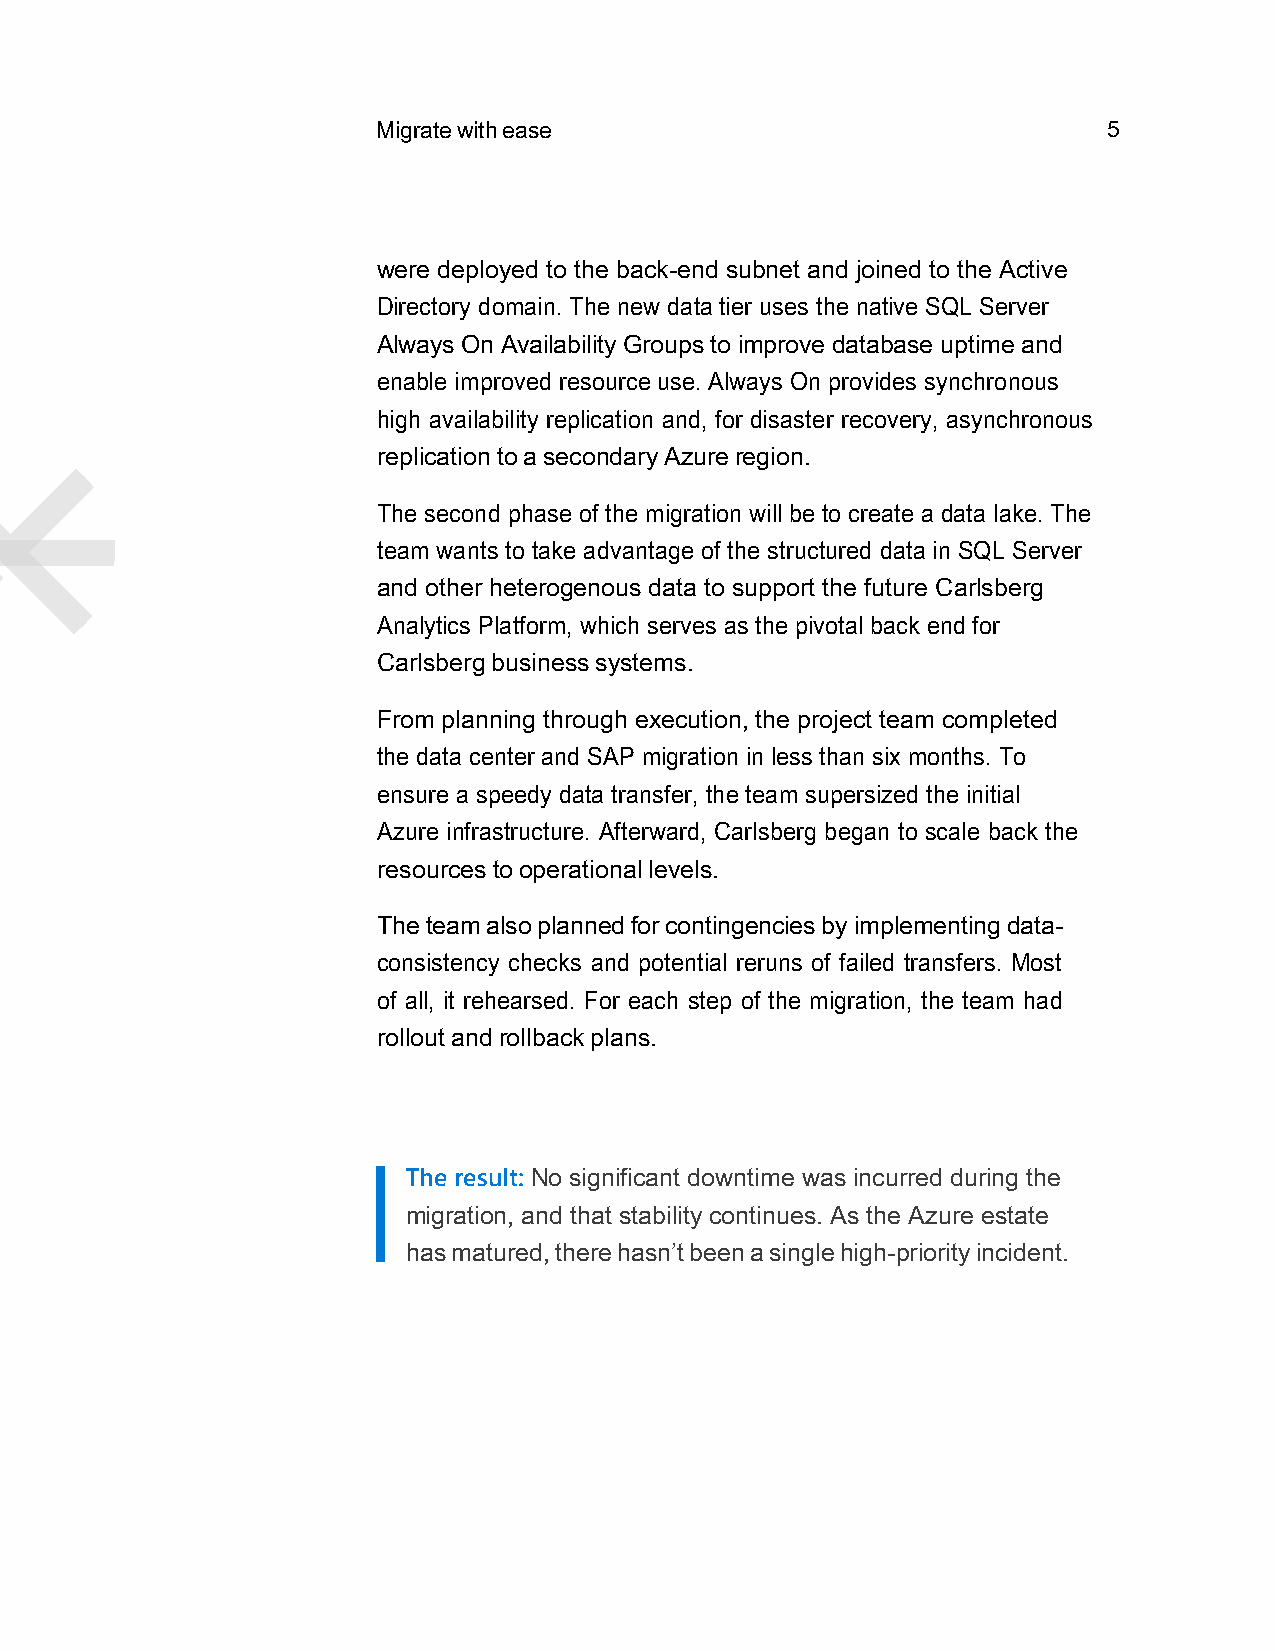
Migrate with ease                               5
 were deployed to the back-end subnet and joined to the Active
 Directory domain. The new data tier uses the native SQL Server
 Always On Availability Groups to improve database uptime and
 enable improved resource use. Always On provides synchronous
 high availability replication and, for disaster recovery, asynchronous
 replication to a secondary Azure region.
 The second phase of the migration will be to create a data lake. The
 team wants to take advantage of the structured data in SQL Server
 and other heterogenous data to support the future Carlsberg
 Analytics Platform, which serves as the pivotal back end for
 Carlsberg business systems.
 From planning through execution, the project team completed
 the data center and SAP migration in less than six months. To
 ensure a speedy data transfer, the team supersized the initial
 Azure infrastructure. Afterward, Carlsberg began to scale back the
 resources to operational levels.
 The team also planned for contingencies by implementing data-
 consistency checks and potential reruns of failed transfers. Most
 of all, it rehearsed. For each step of the migration, the team had
 rollout and rollback plans.
 The result: No significant downtime was incurred during the
 migration, and that stability continues. As the Azure estate
 has matured, there hasn’t been a single high-priority incident.